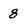
Character: 8